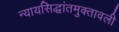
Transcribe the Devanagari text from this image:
न्यायसिद्धांतमुक्तावली